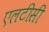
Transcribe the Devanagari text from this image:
एलटीसी